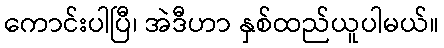
ကောင်းပါပြီ၊ အဲဒီဟာ နှစ်ထည်ယူပါမယ်။